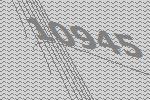
10945